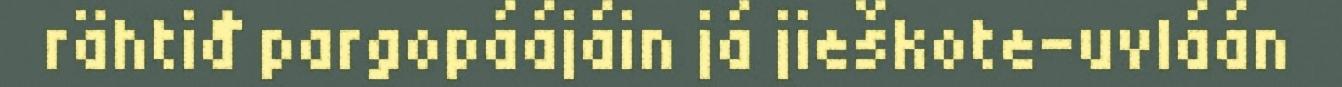
rähtiđ pargopáájáin já jieškote-uvláán